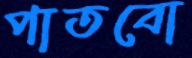
পাতবো